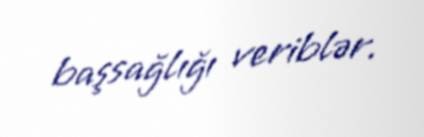
başsağlığı veriblər.